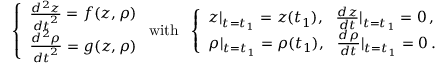
\left\{ \begin{array} { l l } { \frac { d ^ { 2 } z } { { d t } ^ { 2 } } = f ( z , \rho ) } \\ { \frac { d ^ { 2 } \rho } { { d t } ^ { 2 } } = g ( z , \rho ) } \end{array} \right. \mathrm { w i t h } \ \ \left\{ \begin{array} { l l } { z | _ { t = t _ { 1 } } = z ( t _ { 1 } ) , \ \ \frac { d z } { d t } | _ { t = t _ { 1 } } = 0 \, , } \\ { \rho | _ { t = t _ { 1 } } = \rho ( t _ { 1 } ) , \ \ \frac { d \rho } { d t } | _ { t = t _ { 1 } } = 0 \, . } \end{array} \right.